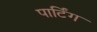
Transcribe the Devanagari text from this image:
पार्टिंग